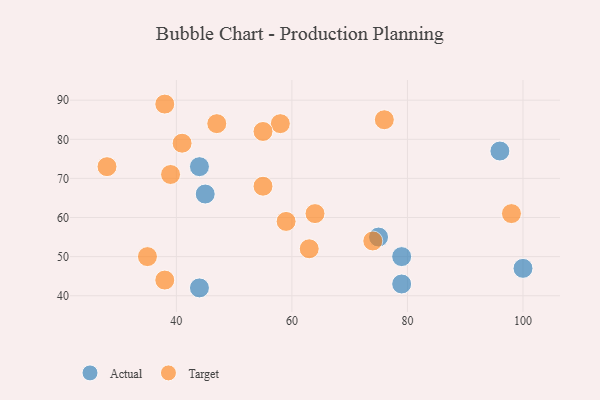
{"axis": {"x": "GDP", "y": "Life Expectancy"}, "legend": ["Actual", "Target"], "data": [{"x": "45", "y": 66, "type": "Actual"}, {"x": "44", "y": 73, "type": "Actual"}, {"x": "100", "y": 47, "type": "Actual"}, {"x": "96", "y": 77, "type": "Actual"}, {"x": "79", "y": 50, "type": "Actual"}, {"x": "79", "y": 43, "type": "Actual"}, {"x": "75", "y": 55, "type": "Actual"}, {"x": "44", "y": 42, "type": "Actual"}, {"x": "64", "y": 61, "type": "Target"}, {"x": "63", "y": 52, "type": "Target"}, {"x": "41", "y": 79, "type": "Target"}, {"x": "35", "y": 50, "type": "Target"}, {"x": "58", "y": 84, "type": "Target"}, {"x": "59", "y": 59, "type": "Target"}, {"x": "74", "y": 54, "type": "Target"}, {"x": "55", "y": 68, "type": "Target"}, {"x": "38", "y": 44, "type": "Target"}, {"x": "38", "y": 89, "type": "Target"}, {"x": "55", "y": 82, "type": "Target"}, {"x": "47", "y": 84, "type": "Target"}, {"x": "76", "y": 85, "type": "Target"}, {"x": "98", "y": 61, "type": "Target"}, {"x": "39", "y": 71, "type": "Target"}, {"x": "28", "y": 73, "type": "Target"}]}